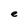
Character: e